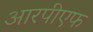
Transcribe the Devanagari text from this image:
आरपीएफ